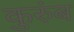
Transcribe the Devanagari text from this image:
कुरुंब